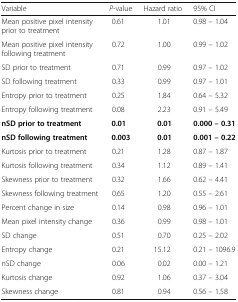
| Variable | P-value | Hazard ratio | 95% CI |
 | --- | --- | --- | --- |
 | Mean positive pixel intensity prior to treatment | 0.61 | 1.01 | 0.98 – 1.04 |
 | Mean positive pixel intensity following treatment | 0.72 | 1.00 | 0.99 – 1.02 |
 | SD prior to treatment | 0.71 | 0.99 | 0.97 – 1.02 |
 | SD following treatment | 0.33 | 0.99 | 0.97 – 1.01 |
 | Entropy prior to treatment | 0.25 | 1.84 | 0.64 – 5.32 |
 | Entropy following treatment | 0.08 | 2.23 | 0.91 – 5.49 |
 | nSD prior to treatment | 0.01 | 0.01 | 0.000 – 0.31 |
 | nSD following treatment | 0.003 | 0.01 | 0.001 – 0.22 |
 | Kurtosis prior to treatment | 0.21 | 1.28 | 0.87 – 1.87 |
 | Kurtosis following treatment | 0.34 | 1.12 | 0.89 – 1.41 |
 | Skewness prior to treatment | 0.32 | 1.66 | 0.62 – 4.41 |
 | Skewness following treatment | 0.65 | 1.20 | 0.55 – 2.61 |
 | Percent change in size | 0.14 | 0.98 | 0.96 – 1.01 |
 | Mean pixel intensity change | 0.36 | 0.99 | 0.98 – 1.01 |
 | SD change | 0.51 | 0.70 | 0.25 – 2.02 |
 | Entropy change | 0.21 | 15.12 | 0.21 – 1096.9 |
 | nSD change | 0.06 | 0.02 | 0.00 – 1.21 |
 | Kurtosis change | 0.92 | 1.06 | 0.37 – 3.04 |
 | Skewness change | 0.81 | 0.94 | 0.56 – 1.58 |